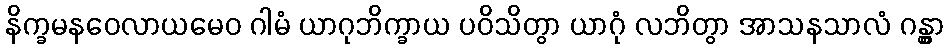
နိက္ခမနဝေလာယမေဝ ဂါမံ ယာဂုဘိက္ခာယ ပဝိသိတွာ ယာဂုံ လဘိတွာ အာသနသာလံ ဂန္တွာ